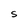
Character: S